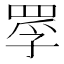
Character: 罦